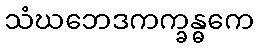
သံဃဘေဒကက္ခန္ဓကေ